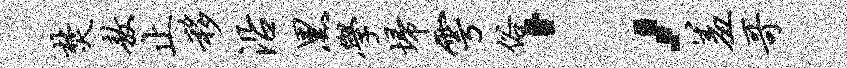
焚敖止移沿黑学埽雩俗；羞哥